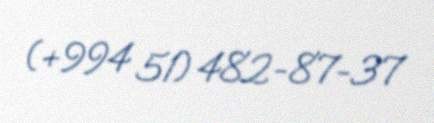
(+994 51) 482-87-37